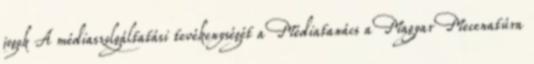
jogok A médiaszolgáltatási tevékenységét a Médiatanács a Magyar Mecenatúra